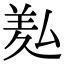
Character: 㕗